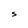
Character: S